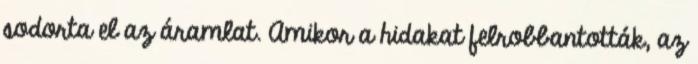
sodorta el az áramlat. Amikor a hidakat felrobbantották, az